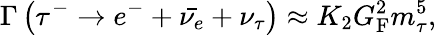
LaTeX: \Gamma\left(\tau^{-}\rightarrow e^{-}+{\bar{\nu_{e}}}+\nu_{\tau}\right)\approx K_{2}G_{\mathrm{F}}^{2}m_{\tau}^{5},